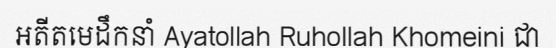
អតីតមេដឹកនាំ Ayatollah Ruhollah Khomeini ជា